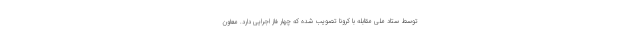
توسط ستاد ملی مقابله با کرونا تصویب شده که چهار فاز اجرایی دارد. معاون